Tezpur Lunatic Asylum reports 1895-1904 - 1895-1904
Year: 1895
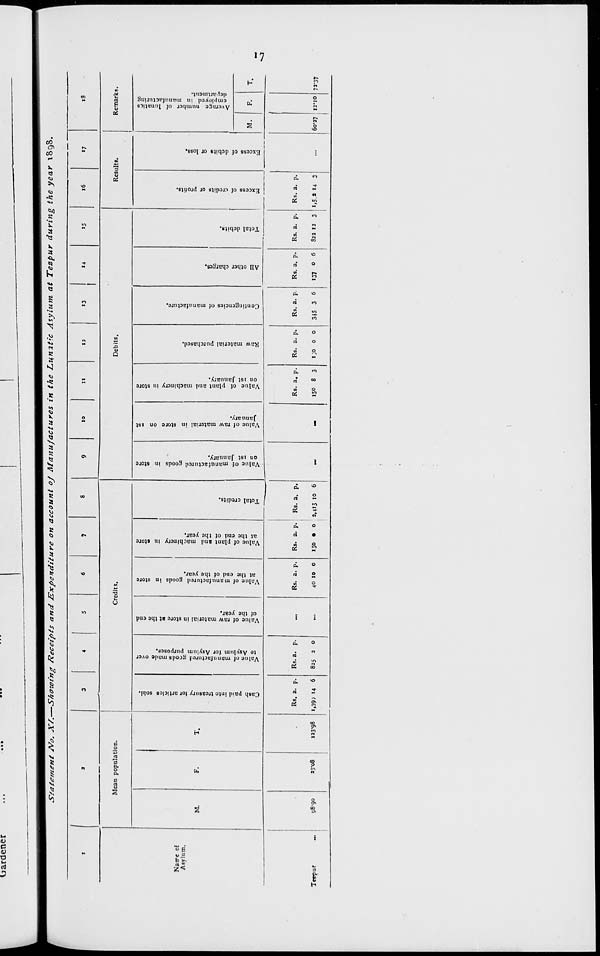
H
■ 1
Is
go
S>
CO
VO
JO
tl
o>
■a
co
73
M
**
o
•T3
73
o
S"
o
6)
o
■J)
N
73
o
y
o
u
o
7
M
J.
50
u
o
o
■p
i
73
a
o
c
Cash paid into treasury for articles sold.
Value of manufactured prods made over
to Asylum for Asylum purposes.
Value of raw material in store at the end
of the year.
Value of manufactured goods in store
at the end of the year.
Value of plant and machinery in store
at the end of the year.
Total credits.
Value of manufactured goods in store
on ist January.
M
71
o
?
CO
u
Co
•a
M
73
O
P
o
u
o
•p
01
s 50
ba
u
o\
•a
Value of raw material in store on ist
January.
Value of plant and machinery in store
on ist January.
Raw material purchased.
Contingencies of manufacture.
o
t>
o>
y
CO
50
M
V
M
U
y
Ul
7J
M
r
u
■t'
C
7
o*
*•*
M
0
^,
^»
All other charges.
Total debits.
Excess of credits or profits.
Excess of debits or loss.
Average number of lunatics
employed in manufacturing
department.
73
n
3
.s
*
«*.
R
a
ft
K
R
TO
to
a-
TO
TO'
R
3
^>
K
T
a.
s
a'
*■ ♦.
a*
TO
ss TO
00
vO
00
L\